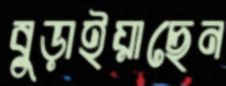
বুড়াইয়াছেন